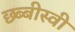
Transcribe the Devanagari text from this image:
छ्ब्बीस्वी